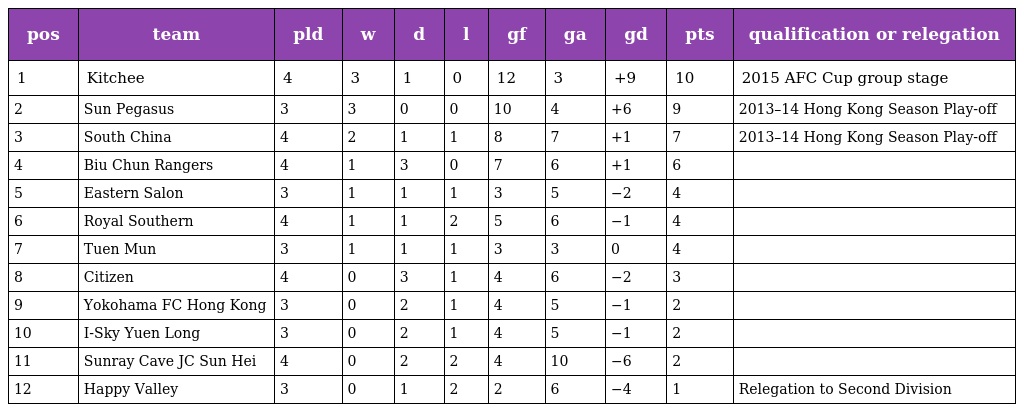
| pos | team | pld | w | d | l | gf | ga | gd | pts | qualification or relegation |
 | --- | --- | --- | --- | --- | --- | --- | --- | --- | --- | --- |
 | 1 | Kitchee | 4 | 3 | 1 | 0 | 12 | 3 | +9 | 10 | 2015 AFC Cup group stage |
 | 2 | Sun Pegasus | 3 | 3 | 0 | 0 | 10 | 4 | +6 | 9 | 2013–14 Hong Kong Season Play-off |
 | 3 | South China | 4 | 2 | 1 | 1 | 8 | 7 | +1 | 7 | 2013–14 Hong Kong Season Play-off |
 | 4 | Biu Chun Rangers | 4 | 1 | 3 | 0 | 7 | 6 | +1 | 6 |  |
 | 5 | Eastern Salon | 3 | 1 | 1 | 1 | 3 | 5 | −2 | 4 |  |
 | 6 | Royal Southern | 4 | 1 | 1 | 2 | 5 | 6 | −1 | 4 |  |
 | 7 | Tuen Mun | 3 | 1 | 1 | 1 | 3 | 3 | 0 | 4 |  |
 | 8 | Citizen | 4 | 0 | 3 | 1 | 4 | 6 | −2 | 3 |  |
 | 9 | Yokohama FC Hong Kong | 3 | 0 | 2 | 1 | 4 | 5 | −1 | 2 |  |
 | 10 | I-Sky Yuen Long | 3 | 0 | 2 | 1 | 4 | 5 | −1 | 2 |  |
 | 11 | Sunray Cave JC Sun Hei | 4 | 0 | 2 | 2 | 4 | 10 | −6 | 2 |  |
 | 12 | Happy Valley | 3 | 0 | 1 | 2 | 2 | 6 | −4 | 1 | Relegation to Second Division |